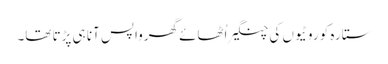
ستارہ کو روٹیوں کی چنگیر اُٹھائے گھرواپس آنا ہی پڑتا تھا۔